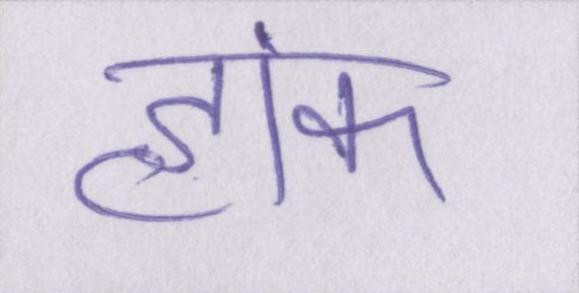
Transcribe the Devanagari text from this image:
हांक